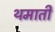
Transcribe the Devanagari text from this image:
थमाती